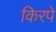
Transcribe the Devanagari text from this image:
किरपे